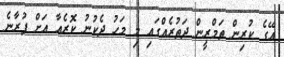
އޭގެ ކުރިން ތަމްރީން ދަތުރެއްގައި މި މަހު ދެކުނު ކޮރެއާ އަށް ފުރާނެ